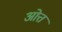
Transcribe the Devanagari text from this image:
ओत्त